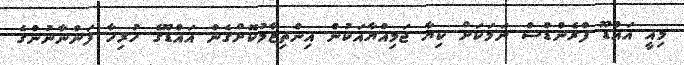
މިއީ އައްޑޫ ފްރެންޑްސް ނަމަކަށް ކިޔާ ޖަމިއްޔާއަކުން އިންތިޒާމުކޮށްގެން އައްޑޫގެ ހުރިހާ ފަންނާނުންގެ